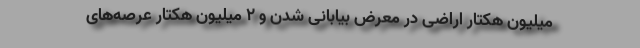
میلیون هکتار اراضی در معرض بیابانی شدن و ۲ میلیون هکتار عرصه‌های